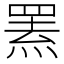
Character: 罴